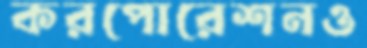
করপোরেশনও